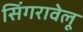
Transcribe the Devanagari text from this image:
सिंगरावेलू